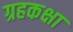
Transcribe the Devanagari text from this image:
ग्रहकक्षा